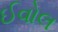
ઈવોલ